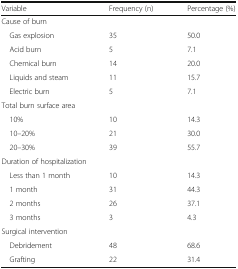
<table><thead><tr><td><b>Variable</b></td><td><b>Frequency (n)</b></td><td><b>Percentage (%)</b></td></tr></thead><tbody><tr><td>Cause of burn</td><td></td><td></td></tr><tr><td> Gas explosion</td><td>35</td><td>50.0</td></tr><tr><td> Acid burn</td><td>5</td><td>7.1</td></tr><tr><td> Chemical burn</td><td>14</td><td>20.0</td></tr><tr><td> Liquids and steam</td><td>11</td><td>15.7</td></tr><tr><td> Electric burn</td><td>5</td><td>7.1</td></tr><tr><td>Total burn surface area</td><td></td><td></td></tr><tr><td> 10%</td><td>10</td><td>14.3</td></tr><tr><td> 10–20%</td><td>21</td><td>30.0</td></tr><tr><td> 20–30%</td><td>39</td><td>55.7</td></tr><tr><td colspan="3">Duration of hospitalization</td></tr><tr><td> Less than 1 month</td><td>10</td><td>14.3</td></tr><tr><td> 1 month</td><td>31</td><td>44.3</td></tr><tr><td> 2 months</td><td>26</td><td>37.1</td></tr><tr><td> 3 months</td><td>3</td><td>4.3</td></tr><tr><td colspan="3">Surgical intervention</td></tr><tr><td> Debridement</td><td>48</td><td>68.6</td></tr><tr><td> Grafting</td><td>22</td><td>31.4</td></tr></tbody></table>